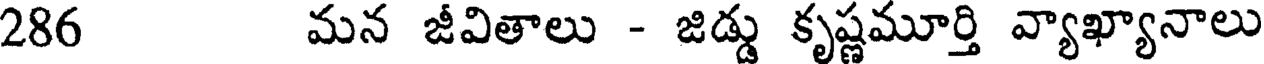
286 మన జీవితాలు - జిడ్డు కృష్ణమూర్తి వ్యాఖ్యానాలు